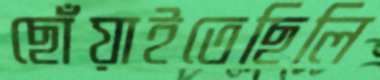
ছোঁয়াইতেছিলি